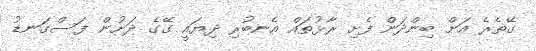
ގޭތެރެ އަށް ބިންދަން ފެށި ރާޅުތައް އެނބުރި ދިޔައީ ގޭގެ ދަށުން ފަސްގަނޑު